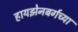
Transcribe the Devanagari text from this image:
हायझेनबर्गच्या